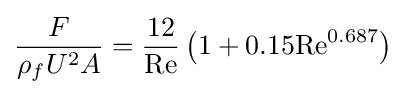
{\frac {F}{\rho _{f}U^{2}A}}={\frac {12}{\mathrm {Re} }}\left(1+0.15\mathrm {Re} ^{0.687}\right)